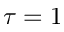
\tau = 1